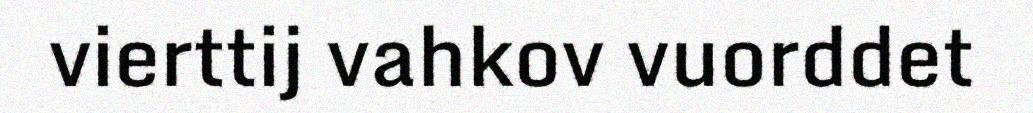
vierttij vahkov vuorddet